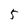
Character: 5